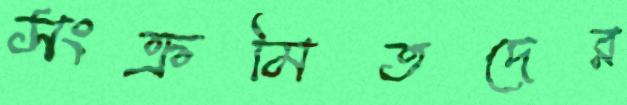
সংক্রমিতদের